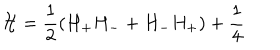
LaTeX: { \cal H } = \frac { 1 } { 2 } ( H _ { + } H _ { - } + H _ { - } H _ { + } ) + \frac { 1 } { 4 }